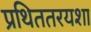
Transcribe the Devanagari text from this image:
प्रथिततरयशा